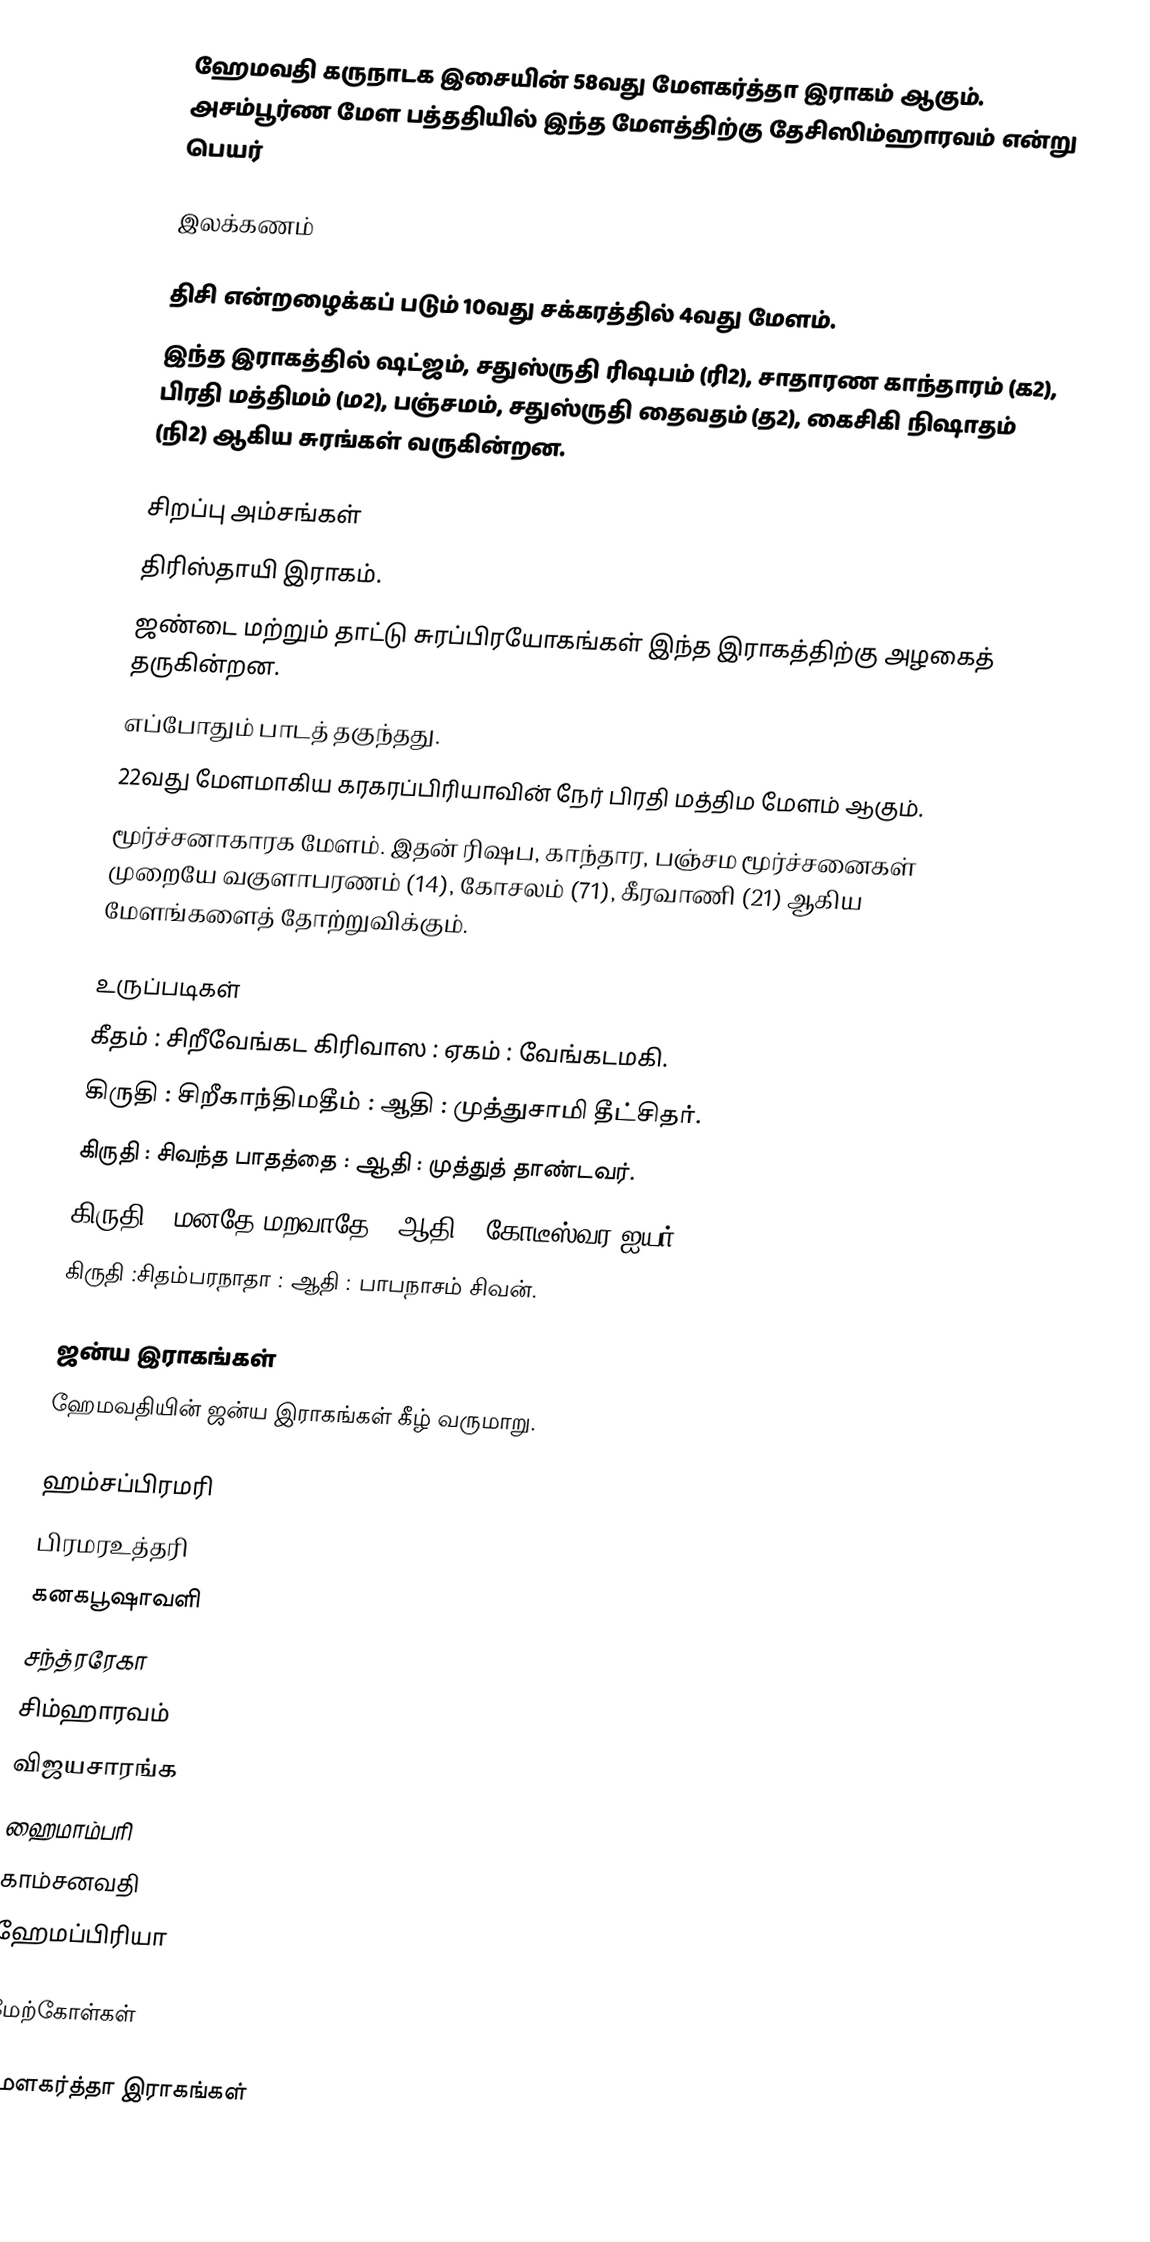
ஹேமவதி கருநாடக இசையின் 58வது மேளகர்த்தா இராகம் ஆகும். அசம்பூர்ண மேள பத்ததியில் இந்த மேளத்திற்கு தேசிஸிம்ஹாரவம் என்று பெயர்

இலக்கணம்

 திசி என்றழைக்கப் படும் 10வது சக்கரத்தில் 4வது மேளம்.
 இந்த இராகத்தில் ஷட்ஜம், சதுஸ்ருதி ரிஷபம் (ரி2), சாதாரண காந்தாரம் (க2), பிரதி மத்திமம் (ம2), பஞ்சமம், சதுஸ்ருதி தைவதம் (த2), கைசிகி நிஷாதம் (நி2) ஆகிய சுரங்கள் வருகின்றன.

சிறப்பு அம்சங்கள்
 திரிஸ்தாயி இராகம்.
 ஜண்டை மற்றும் தாட்டு சுரப்பிரயோகங்கள் இந்த இராகத்திற்கு அழகைத் தருகின்றன.
 எப்போதும் பாடத் தகுந்தது.
 22வது மேளமாகிய கரகரப்பிரியாவின் நேர் பிரதி மத்திம மேளம் ஆகும்.
 மூர்ச்சனாகாரக மேளம். இதன் ரிஷப, காந்தார, பஞ்சம மூர்ச்சனைகள் முறையே வகுளாபரணம் (14), கோசலம் (71), கீரவாணி (21) ஆகிய மேளங்களைத் தோற்றுவிக்கும்.

உருப்படிகள்
 கீதம்	: சிறீவேங்கட கிரிவாஸ	: ஏகம்	: வேங்கடமகி.
 கிருதி	: சிறீகாந்திமதீம்	: ஆதி	: முத்துசாமி தீட்சிதர்.
 கிருதி	: சிவந்த பாதத்தை	: ஆதி	: முத்துத் தாண்டவர்.
 கிருதி	: மனதே மறவாதே	: ஆதி	: கோடீஸ்வர ஐயர்.
 கிருதி	:சிதம்பரநாதா	: ஆதி	: பாபநாசம் சிவன்.

ஜன்ய இராகங்கள்
ஹேமவதியின் ஜன்ய இராகங்கள் கீழ் வருமாறு.

 ஹம்சப்பிரமரி
 பிரமரஉத்தரி
 கனகபூஷாவளி
 சந்த்ரரேகா
 சிம்ஹாரவம்
 விஜயசாரங்க
 ஹைமாம்பரி
 காம்சனவதி
 ஹேமப்பிரியா

மேற்கோள்கள்

மேளகர்த்தா இராகங்கள்